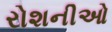
રોશનીઓ